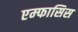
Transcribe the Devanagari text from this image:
एम्फासिस